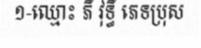
១-ឈ្មោះ ភី វុទ្ធី ភេទប្រុស